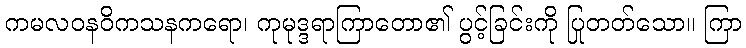
ကမလဝနဝိကသနကရော၊ ကုမုဒ္ဒရာကြာတော၏ ပွင့်ခြင်းကို ပြုတတ်သော။ ကြာ